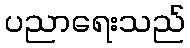
ပညာရေးသည်